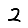
Digit: 2